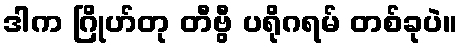
ဒါက ဂြိုဟ်တု တီဗွီ ပရိုဂရမ် တစ်ခုပဲ။